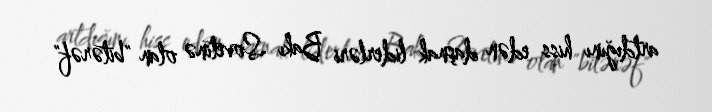
artdığını hiss edən daşnak liderləri Bakı Sovetinə olan "bitərəf"